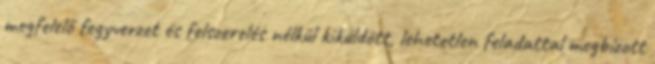
megfelelő fegyverzet és felszerelés nélkül kiküldött, lehetetlen feladattal megbízott